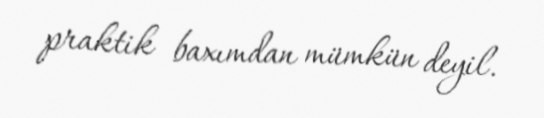
praktik baxımdan mümkün deyil.